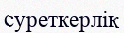
суреткерлік